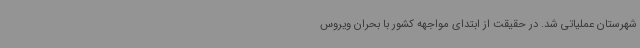
شهرستان عملیاتی شد. در حقیقت از ابتدای مواجهه کشور با بحران ویروس